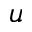
\boldsymbol { u }